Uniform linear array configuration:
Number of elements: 4
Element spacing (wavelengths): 0.75
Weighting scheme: hamming
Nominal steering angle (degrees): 30
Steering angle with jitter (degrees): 30.387
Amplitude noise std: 0.05
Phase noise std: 0.05

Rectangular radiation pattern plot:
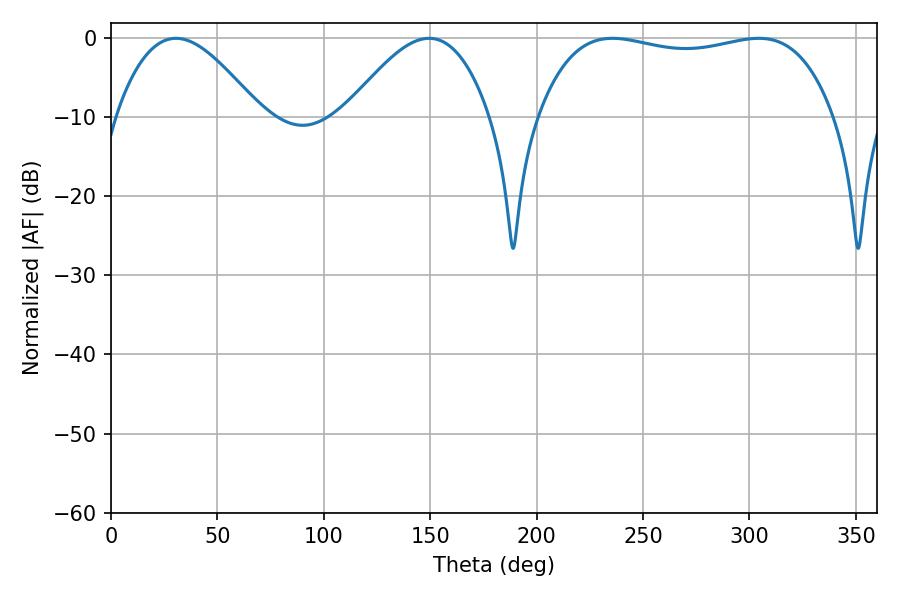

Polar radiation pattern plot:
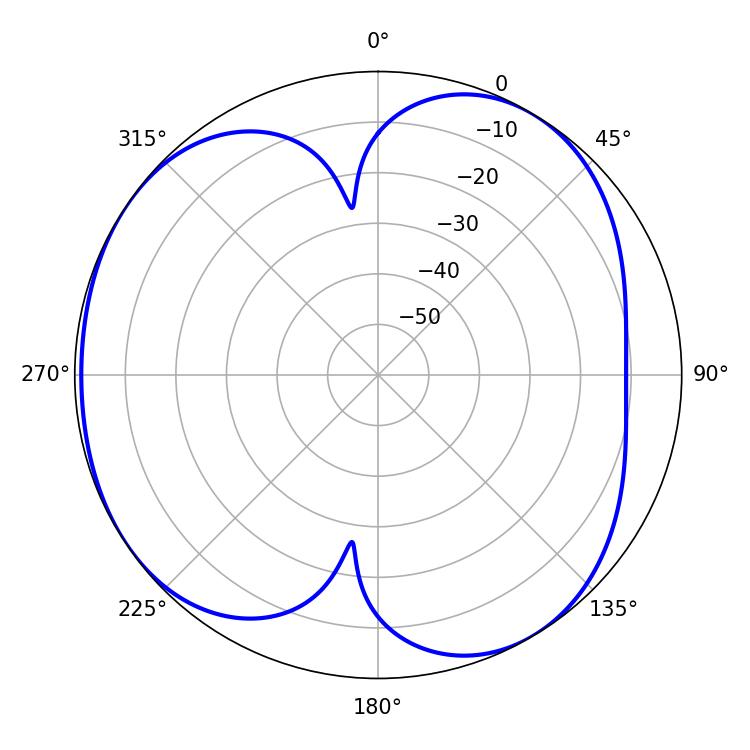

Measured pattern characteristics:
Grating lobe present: TRUE
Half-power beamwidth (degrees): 111.96
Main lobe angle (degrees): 235.62